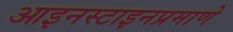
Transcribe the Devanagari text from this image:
आइनस्टाइनप्रमाणे